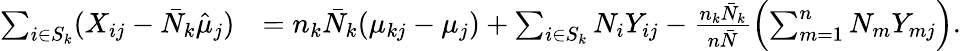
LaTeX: \begin{array}{rl}{\sum_{i\in S_{k}}(X_{ij}-\bar{N}_{k}\hat{\mu}_{j})}&{=n_{k}\bar{N}_{k}(\mu_{kj}-\mu_{j})+\sum_{i\in S_{k}}N_{i}Y_{ij}-\frac{n_{k}\bar{N}_{k}}{n\bar{N}}\Bigl(\sum_{m=1}^{n}N_{m}Y_{mj}\Bigr).}\end{array}